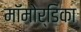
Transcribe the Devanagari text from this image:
मॉमोर्डिका